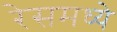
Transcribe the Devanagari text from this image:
रेसमध्ये